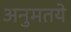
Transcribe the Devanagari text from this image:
अनुमतये